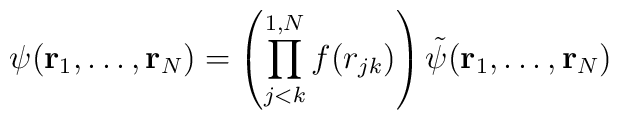
\psi({\bf r}_1, \ldots,{\bf r}_N) = \left( \prod_{j<k}^{1,N} f(r_{jk}) \right)\tilde\psi({\bf r}_1, \ldots,{\bf r}_N)